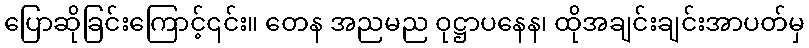
ပြောဆိုခြင်းကြောင့်၎င်း။ တေန အညမည ဝုဋ္ဌာပနေန၊ ထိုအချင်းချင်းအာပတ်မှ